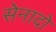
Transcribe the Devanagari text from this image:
सेनादो